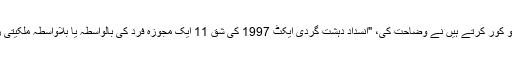
پشاور کے ایک مقامی صحافی، وسیم احمد شاہ، جو قانونی کارروائیوں کو کور کرتے ہیں نے وضاحت کی، "انسدادِ دہشت گردی ایکٹ 1997 کی شق 11 ایک مجوزہ فرد کی بالواسطہ یا بلاواسطہ ملکیتی رقم یا دیگر جائیداد کو منجمد کرنے اور ضبط کرنے کا اختیار دیتی ہے۔